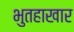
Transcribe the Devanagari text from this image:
भुतहाखार